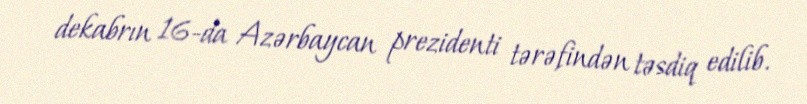
dekabrın 16-da Azərbaycan prezidenti tərəfindən təsdiq edilib.